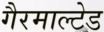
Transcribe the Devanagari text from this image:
गैरमाल्टेड